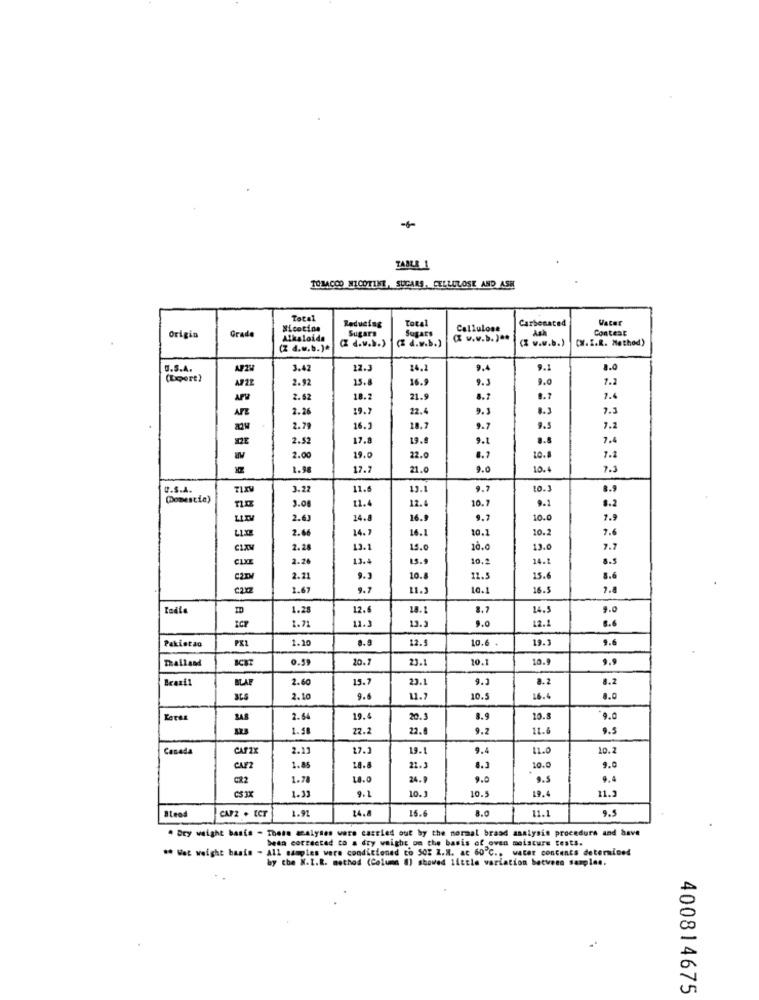
TABLE 1
TOMAC00 NICOTINE, SUGARS, CELLULOSE AND ASK
Total
Reducing
Total
Carbonated
Vater
Nicotine
Sugars
Sugars
Cellulose
Ash
Contest
Origin
Grade
Alkaloida
( d.v.b.)
(2 d.w.b.)
( w.v.b.) ..
( w.w.b.)
[X.I.R. Method)
(Z d.w.b.)*
U.S.A.
3.42
12.3
14.2
9.4
9.1
1.0
(Export )
2.92
15.8
16.9
9.3
9.0
7.2
2.52
18.2
21.9
8.7
8.7
7.6
2.26
19.7
22.4
9.3
8.3
7.3
2.79
16.]
28.7
9.7
9.5
7.2
2.52
17.8
19.8
9.1
8.8
7.4
2.0
19.0
22.0
8.7
10.
7.2
17.7
21.0
9.0
7.3
U.S.A.
3.22
11.6
13.1
9.7
10.3
8.9
(Domestie)
8.2
3.08
11.4
12.4
10.7
9.1
LITY
2.63
14.8
16.9
9.7
10.0
7.9
2.66
14.7
16.1
10.1
10.2
7.6
2.28
13.1
15.0
10.0
13.0
7.7
2.26
13.+
15.9
10,2
24.1
8.5
C2TM
2.21
9.3
10.
11.5
15.6
8.6
€2x2
1.67
9.7
11.3
10.1
16.5
2.4
1.28
12.6
18.1
8.7
14.5
9.0
11.]
13.3
12.1
8.6
1.71
9.0
Pakistan
1.10
8.9
12.5
10.6
19.3
9.6
Thailand
0.59
20.7
23.1
10.1
10.9
9.9
Brasil
BLAF
2.60
15.7
23.1
9.3
8.2
8.2
2.10
9.6
11.7
10.5
16.4
0.0
RAS
2.64
19.4
20.3
8.9
10.5
9.0
1.58
22.2
22.8
9.2
11.6
9.5
Canada
CAFZX
2.11
17.1
19.1
9.4
12.0
10.2
CAFZ
1.85
18.8
21.3
8.3
10.0
9.0
C22
1.78
18.0
24. 9
9.0
9.5
9.4
9.1
19.4
11.3
CS 3X
1.33
10.3
10.5
CAP2 . ECT
1.91
14.8
15.6
8.0
11.1
9.5
. Dry weight baste - These analyses were carried out by the normal braad analysis procedura and have
been corrected to a dry weight on the basis of oven moisture tests.
** Wet weight basis - all samples were conditioned to 505 1.M. at 60℃ .. water contents determined
by the N.I.R. method (Column () showed little variation betvens samplee.
400814675